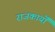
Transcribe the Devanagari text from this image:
राजकार्यों